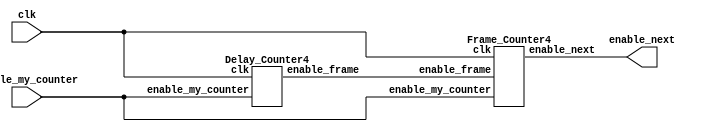

module counter_GMRM(input clk, input enable_my_counter, output enable_next);
		
		wire enable_frame;
		Delay_Counter4 d0(clk, enable_my_counter, enable_frame);
		Frame_Counter4 f0(clk, enable_my_counter, enable_frame, enable_next);
		
endmodule

module Delay_Counter4(input clk, input enable_my_counter, output reg enable_frame);
		reg [19:0] delay_counter = 20'b0;
		always @(posedge clk) begin
			if (enable_my_counter) begin
				if (delay_counter == 20'd833334) begin  //11001011011100110110 8333334  //11001011011100110101 8333333
					delay_counter <= 20'b0;
					enable_frame <= 1;
				end
			
				else begin
					delay_counter <= delay_counter + 1'b1;
					enable_frame <= 0;
				end
			end
			
			else begin
				delay_counter <= 20'b0;
				enable_frame <= 0;
			end
			
		end
		
endmodule

module Frame_Counter4(input clk, input enable_my_counter, input enable_frame, output reg enable_next);
		reg [3:0] frame_counter = 4'b0;
		always @(posedge clk) begin
			if (enable_my_counter) begin
				if (frame_counter == 4'd1) begin
					enable_next <= 1;
					frame_counter <= 4'b0;
				end	
				
				else if (enable_frame) begin
					frame_counter <= frame_counter + 1'b1;
					enable_next <= 0;
				end
			end
			
			else begin
				frame_counter <= 4'b0;
				enable_next <= 0;
			end
			
		end
endmodule